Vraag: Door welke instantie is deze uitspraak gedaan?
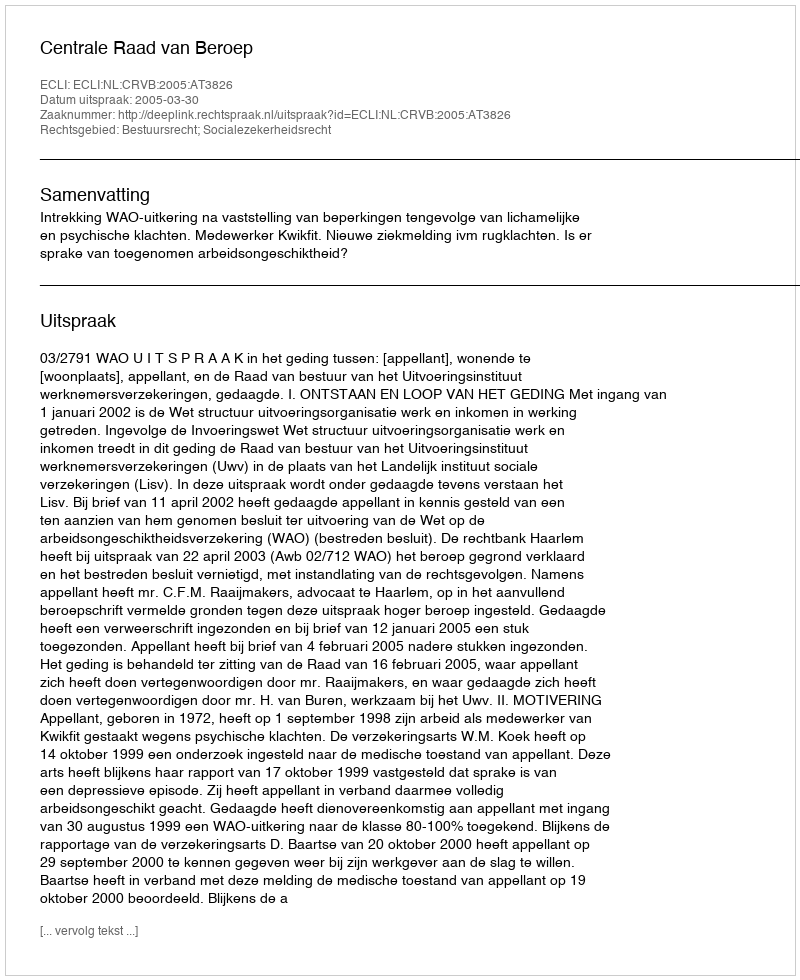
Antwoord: Centrale Raad van Beroep